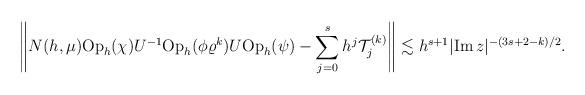
LaTeX: \begin{align*}\left\|N(h,\mu){\rm Op}_h(\chi)U^{-1}{\rm Op}_h(\phi\varrho^k)U{\rm Op}_h(\psi)-\sum_{j=0}^{s}h^j{\cal T}_j^{(k)}\right\|\lesssim h^{s+1}|{\rm Im}\,z|^{-(3s+2-k)/2}.\end{align*}